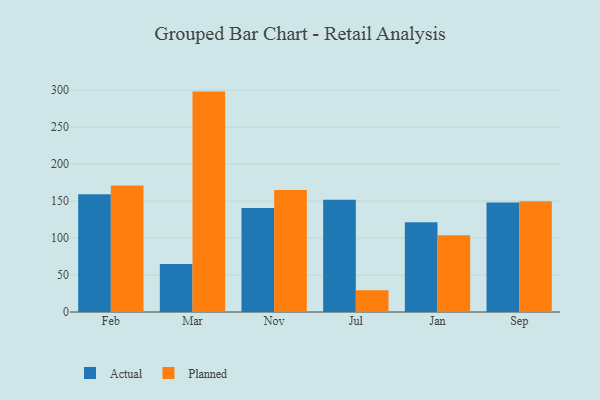
{"axis": {"x": "Month", "y": "LTV (USD)"}, "legend": ["Actual", "Planned"], "data": [{"x": "Feb", "y": 159.1, "type": "Actual"}, {"x": "Feb", "y": 170.9, "type": "Planned"}, {"x": "Mar", "y": 64.8, "type": "Actual"}, {"x": "Mar", "y": 298.0, "type": "Planned"}, {"x": "Nov", "y": 140.7, "type": "Actual"}, {"x": "Nov", "y": 165.0, "type": "Planned"}, {"x": "Jul", "y": 151.9, "type": "Actual"}, {"x": "Jul", "y": 29.3, "type": "Planned"}, {"x": "Jan", "y": 121.2, "type": "Actual"}, {"x": "Jan", "y": 103.9, "type": "Planned"}, {"x": "Sep", "y": 148.2, "type": "Actual"}, {"x": "Sep", "y": 149.9, "type": "Planned"}]}